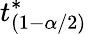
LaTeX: t_{(1-\alpha/2)}^{*}